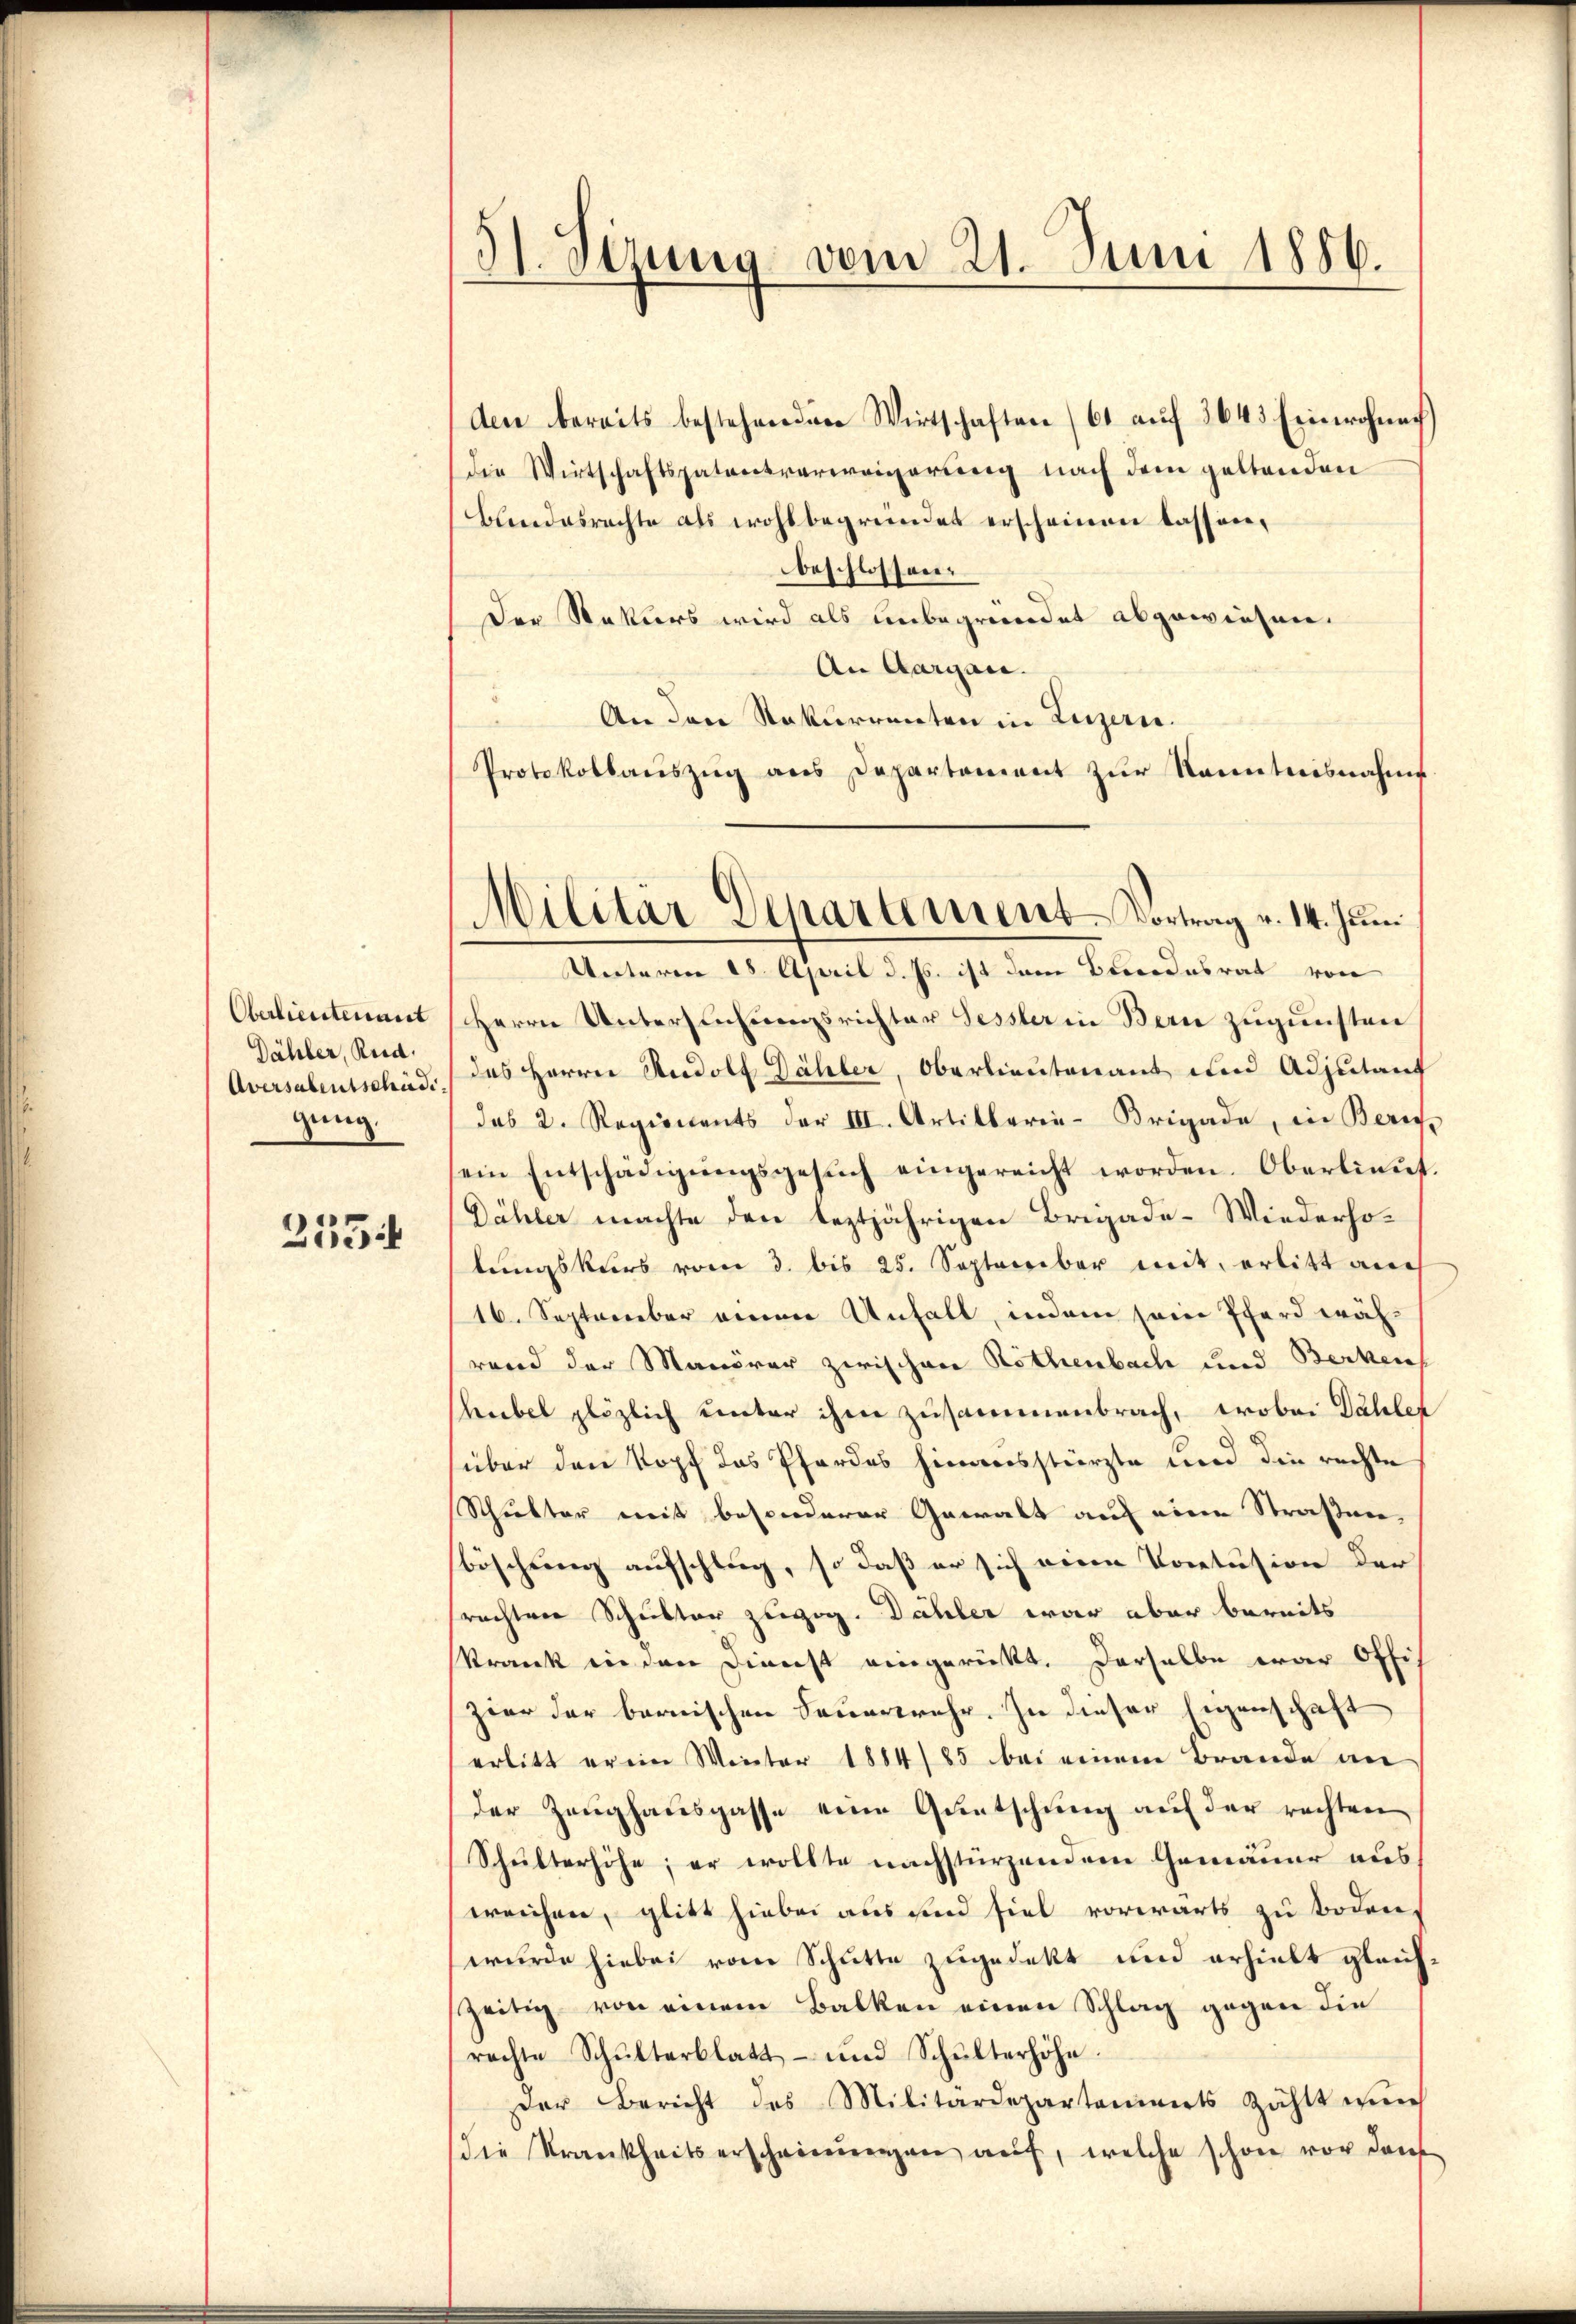
Oberlieutenant
Dähler, Reid.
Aversalentschiede
gung.

2554

51. Serung vom 21. Juni 1886.

den bereits bestehenden Wirtschaften (61 auf 264. Einrchnet
Die Wirtschaftspatentverweigerung nach dem geltenden
Bundesrechte als wohlbegründet erscheinen lassen,
beschlossen.
Der Rekurs wird als unbegründet abgewiesen.
An Aargau.
An den Rekurrenten in Luzern.
Protokollaŭszŭg aŭs Departement zŭr Kenntnisnahme
Unteren 28. April d. Js. ist dem Brodesrat von
Herrn Unterschungsrichter Fessler in Bern zugunsten
des Herrn Rudolf Dähler, Oberlieutenant und Adjutant
das 2. Regionents der III. Artillaria-Brigade, in Zürich,
ein Entschädigŭngsgesŭch eingereicht worden. Oberlieŭt.
Dähler machte den leztjährigen Brigade-Wiederholungskurs vom 3. bis 25. September mit, erlitt auch
16. September einen Unfall, indem sein Pferd währand der Manöver zwischen Rothenbach und Becken
hübel plötzlich unter ihm zusammenbrach, wobei Dähler
(über den Kopf das Pferdes hinausstürzte und die rechte
Schulter mit besonderer Gewalt auf eine Straßenböschung aufschlug, so daß er sich eine Vortusion der
prachten Schulter zugeg. Dähler war aber bereits
krank in den Dienst eingerückt. Derselbe war Offi
zier der bernischen Feuerwehr. In dieser Eigenschaft
erlitt er im Winter 1884/85 bei einem Brande an
der Zeughauspasse eine Guntschung auf der rechten
Schulterhöhe; er wollte nachstürzendem Gemäuer aus
weichen, glitt hiebei aus sind fiel vorwärts zu Boden.
wurde hiebei vom Schütte zugedekt und erhielt gleichzeitig von einem Balken einen Schlag gegen die
rachte Schŭlterblatt- und Schŭlterhöhe
Der Bericht des Militärdepartements zählt wie
die Krankheitserscheinungen auf, welche schon vor den

Militär Departement-Vortrag v. 14. Juni